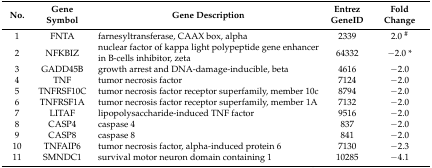
<table><thead><tr><td><b>No.</b></td><td><b>Gene Symbol</b></td><td><b>Gene Description</b></td><td><b>Entrez GeneID</b></td><td><b>Fold Change</b></td></tr></thead><tbody><tr><td>1</td><td>FNTA</td><td>farnesyltransferase, CAAX box, alpha</td><td>2339</td><td>2.0 <sup>#</sup></td></tr><tr><td>2</td><td>NFKBIZ</td><td>nuclear factor of kappa light polypeptide gene enhancer in B-cells inhibitor, zeta</td><td>64332</td><td>−2.0 *</td></tr><tr><td>3</td><td>GADD45B</td><td>growth arrest and DNA-damage-inducible, beta</td><td>4616</td><td>−2.0</td></tr><tr><td>4</td><td>TNF</td><td>tumor necrosis factor</td><td>7124</td><td>−2.0</td></tr><tr><td>5</td><td>TNFRSF10C</td><td>tumor necrosis factor receptor superfamily, member 10c</td><td>8794</td><td>−2.0</td></tr><tr><td>6</td><td>TNFRSF1A</td><td>tumor necrosis factor receptor superfamily, member 1A</td><td>7132</td><td>−2.0</td></tr><tr><td>7</td><td>LITAF</td><td>lipopolysaccharide-induced TNF factor</td><td>9516</td><td>−2.0</td></tr><tr><td>8</td><td>CASP4</td><td>caspase 4</td><td>837</td><td>−2.0</td></tr><tr><td>9</td><td>CASP8</td><td>caspase 8</td><td>841</td><td>−2.0</td></tr><tr><td>10</td><td>TNFAIP6</td><td>tumor necrosis factor, alpha-induced protein 6</td><td>7130</td><td>−2.3</td></tr><tr><td>11</td><td>SMNDC1</td><td>survival motor neuron domain containing 1</td><td>10285</td><td>−4.1</td></tr></tbody></table>